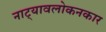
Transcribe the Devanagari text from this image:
नाट्यावलोकनकार